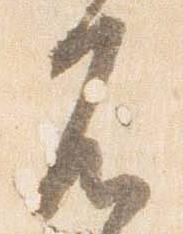
不